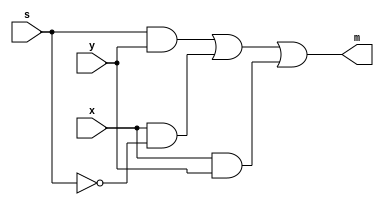
`timescale 1ns/1ps
module MyMUX(input x,y,s,output m);

wire N1;
wire N2;
wire N3;
wire N4;


assign #1 N1 = ~s;
assign #1 N2 = x & N1;
assign #1 N3 = s & y;
assign #1 N4 = x & y;
assign #1 m = N3 | N2 | N4;

endmodule